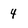
Character: 4